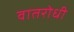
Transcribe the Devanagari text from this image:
वातरोधी